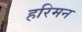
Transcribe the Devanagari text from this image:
हरिमन